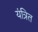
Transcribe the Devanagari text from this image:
यंत्रित